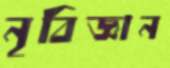
নৃবিজ্ঞান